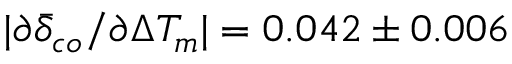
| \partial \bar { \delta } _ { c o } / \partial \Delta T _ { m } | = 0 . 0 4 2 \pm 0 . 0 0 6